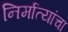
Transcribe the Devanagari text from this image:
निर्मात्यांचा